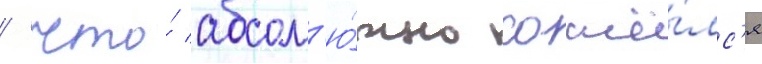
/ что́ абсол'ю́тно сошё́лс'я